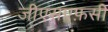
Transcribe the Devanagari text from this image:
जीएसएफ़सी